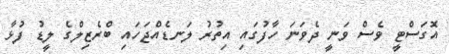
އޮގަސްޓީ ވެސް ވަނީ ދެވަނަ ހާފުގައި އިތުރު ލަނޑެއްޖަހައި ބްރެޒިލްގެ ލީޑު ފުޅާ